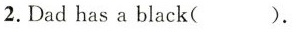
2. Dad has a black( ).